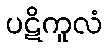
ပဋိကူလံ